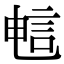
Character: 𫌷